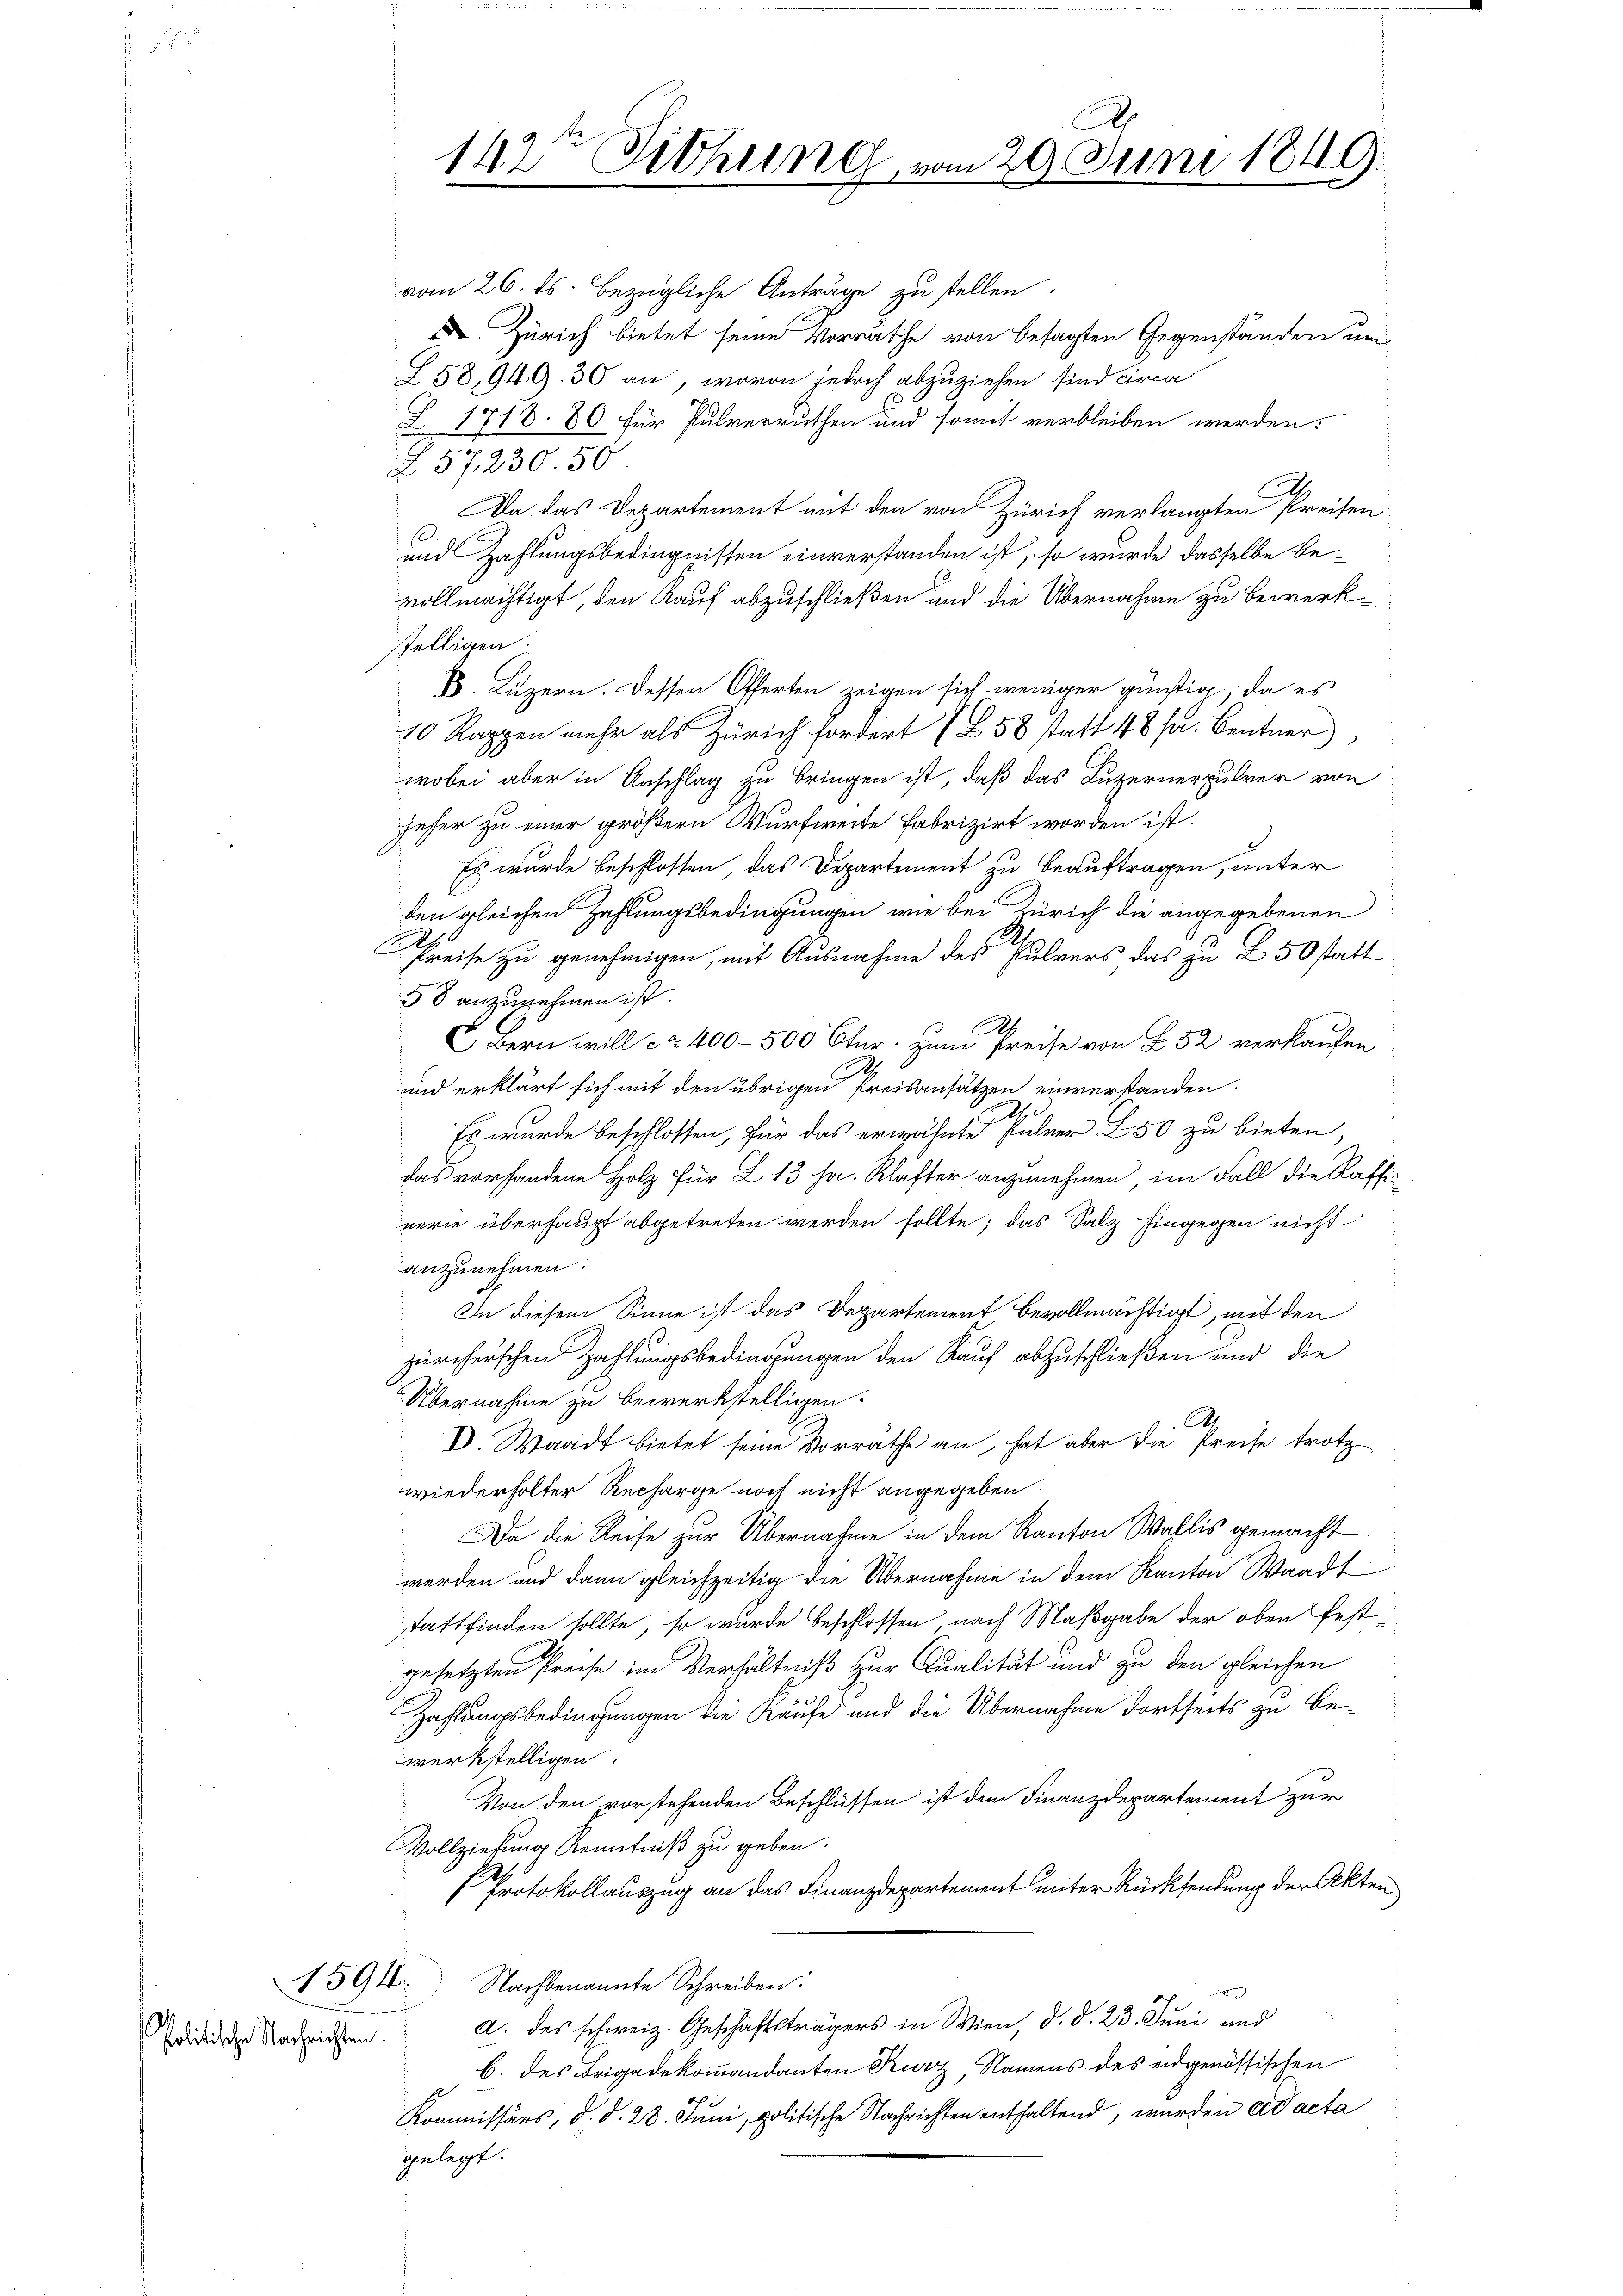
Politische Nachrichten.

vom 26. ds. bezügliche Anträge zu stellen.
D Zürich bietet seine Vorrathe von besagten Gegenständen um
58,949. 30 an, wovon jedoch abzuziehen sind circa
Z 1718. 80 für Pulverruthen und somit verbleiben werden.
§ 57, 230. 50
.
Da das Departement mit den von Zürich verlangten Preisen
und Zahlungsbedingnissen einverstanden ist, so wurde dasselbe bevollmächtigt, den Kauf abzuschließen und die Übernahme zu Bewerk
stelligen.
6. Luzern. Dessen Offerten zeigen sich weniger günstig, da es
10 Rappen mehr als Zürich fordert (B 58 statt 48 f. Bentner)
wobei aber in Anschlag zu bringen ist, daß das Luzernerpulver von
jeher zu einer größern Wurfweite fabrizirt worden ist.
Es wurde beschlossen, das Departement zu beauftragen, unter
den gleichen Zahlungsbedingungen, wie bei Zürich die angegebenen
.
C
Preise zu genehmigen, mit Ausnahme des Pulvers das zu L 50 statt
58 anzunehmen ist
A.
C) Bern will ca 400 - 500 Ctur zum Preise von § 52 verkaufen
2.
und erklärt sich mit den übrigen Preisansätzen einverstanden.
Es wurde beschlossen, für das erwähnte Pulver L. 50 zu bieten
das vorhandene Holz für Z. 13 ha. Klafter anzunehmen, im Fall die Kaffinerie überhaupt abgetreten werden sollte; das Salz hingegen nicht
anzunehmen.
 In diesem Sinne ist das Departement bevollmächtigt, mit den
zürcherschen Zahlungsbedingungen den Kauf abzuschließen und die
Übernahme zu bewerkstelligen.
A
D. Waadt bietet seine Vorrathe an, hat aber die Preise trotz-
wiederholter Recharge noch nicht angegeben.
Da die Reise zur Übernahme in dem Kanton Wallis gemacht
werden und dann gleichzeitig die Übernahme in dem Kanton Waadt
stattfinden sollte, so wurde beschlossen nach Maßgabe der oben festgesetzten Preise im Verhältniß zur Qualität und zu den gleichen
Zahlungsbedingungen die Käufe und die Übernahme dortseits zu bewerkstelligen.
Von den vorstehenden Beschlüssen ist dem Finanzdepartement zur
Vollziehung Kenntniß zu geben.
Protokollauszug an das Finanzdepartement unter Rücksendung der Akten
1591. Nachbenannte Schreiben:
A. des schweiz. Geschäftsträgers in Wien, d. d. 23. Juni und
b. des Brigadekommandanten Kurz, Namens des eidgenössischen
Kommissärs, d. d. 28. Juni, politische Nachrichten enthaltend, wurden ad acta
gelegt.

A
142t Sitzung vom 20. Juni 1849.